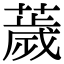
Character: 薉